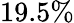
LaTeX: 19.5\%